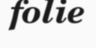
folie